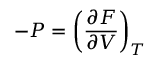
- P = \left( { \frac { \partial F } { \partial V } } \right) _ { T }